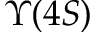
\Upsilon ( 4 S )